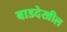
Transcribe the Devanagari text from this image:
बाडदेखील